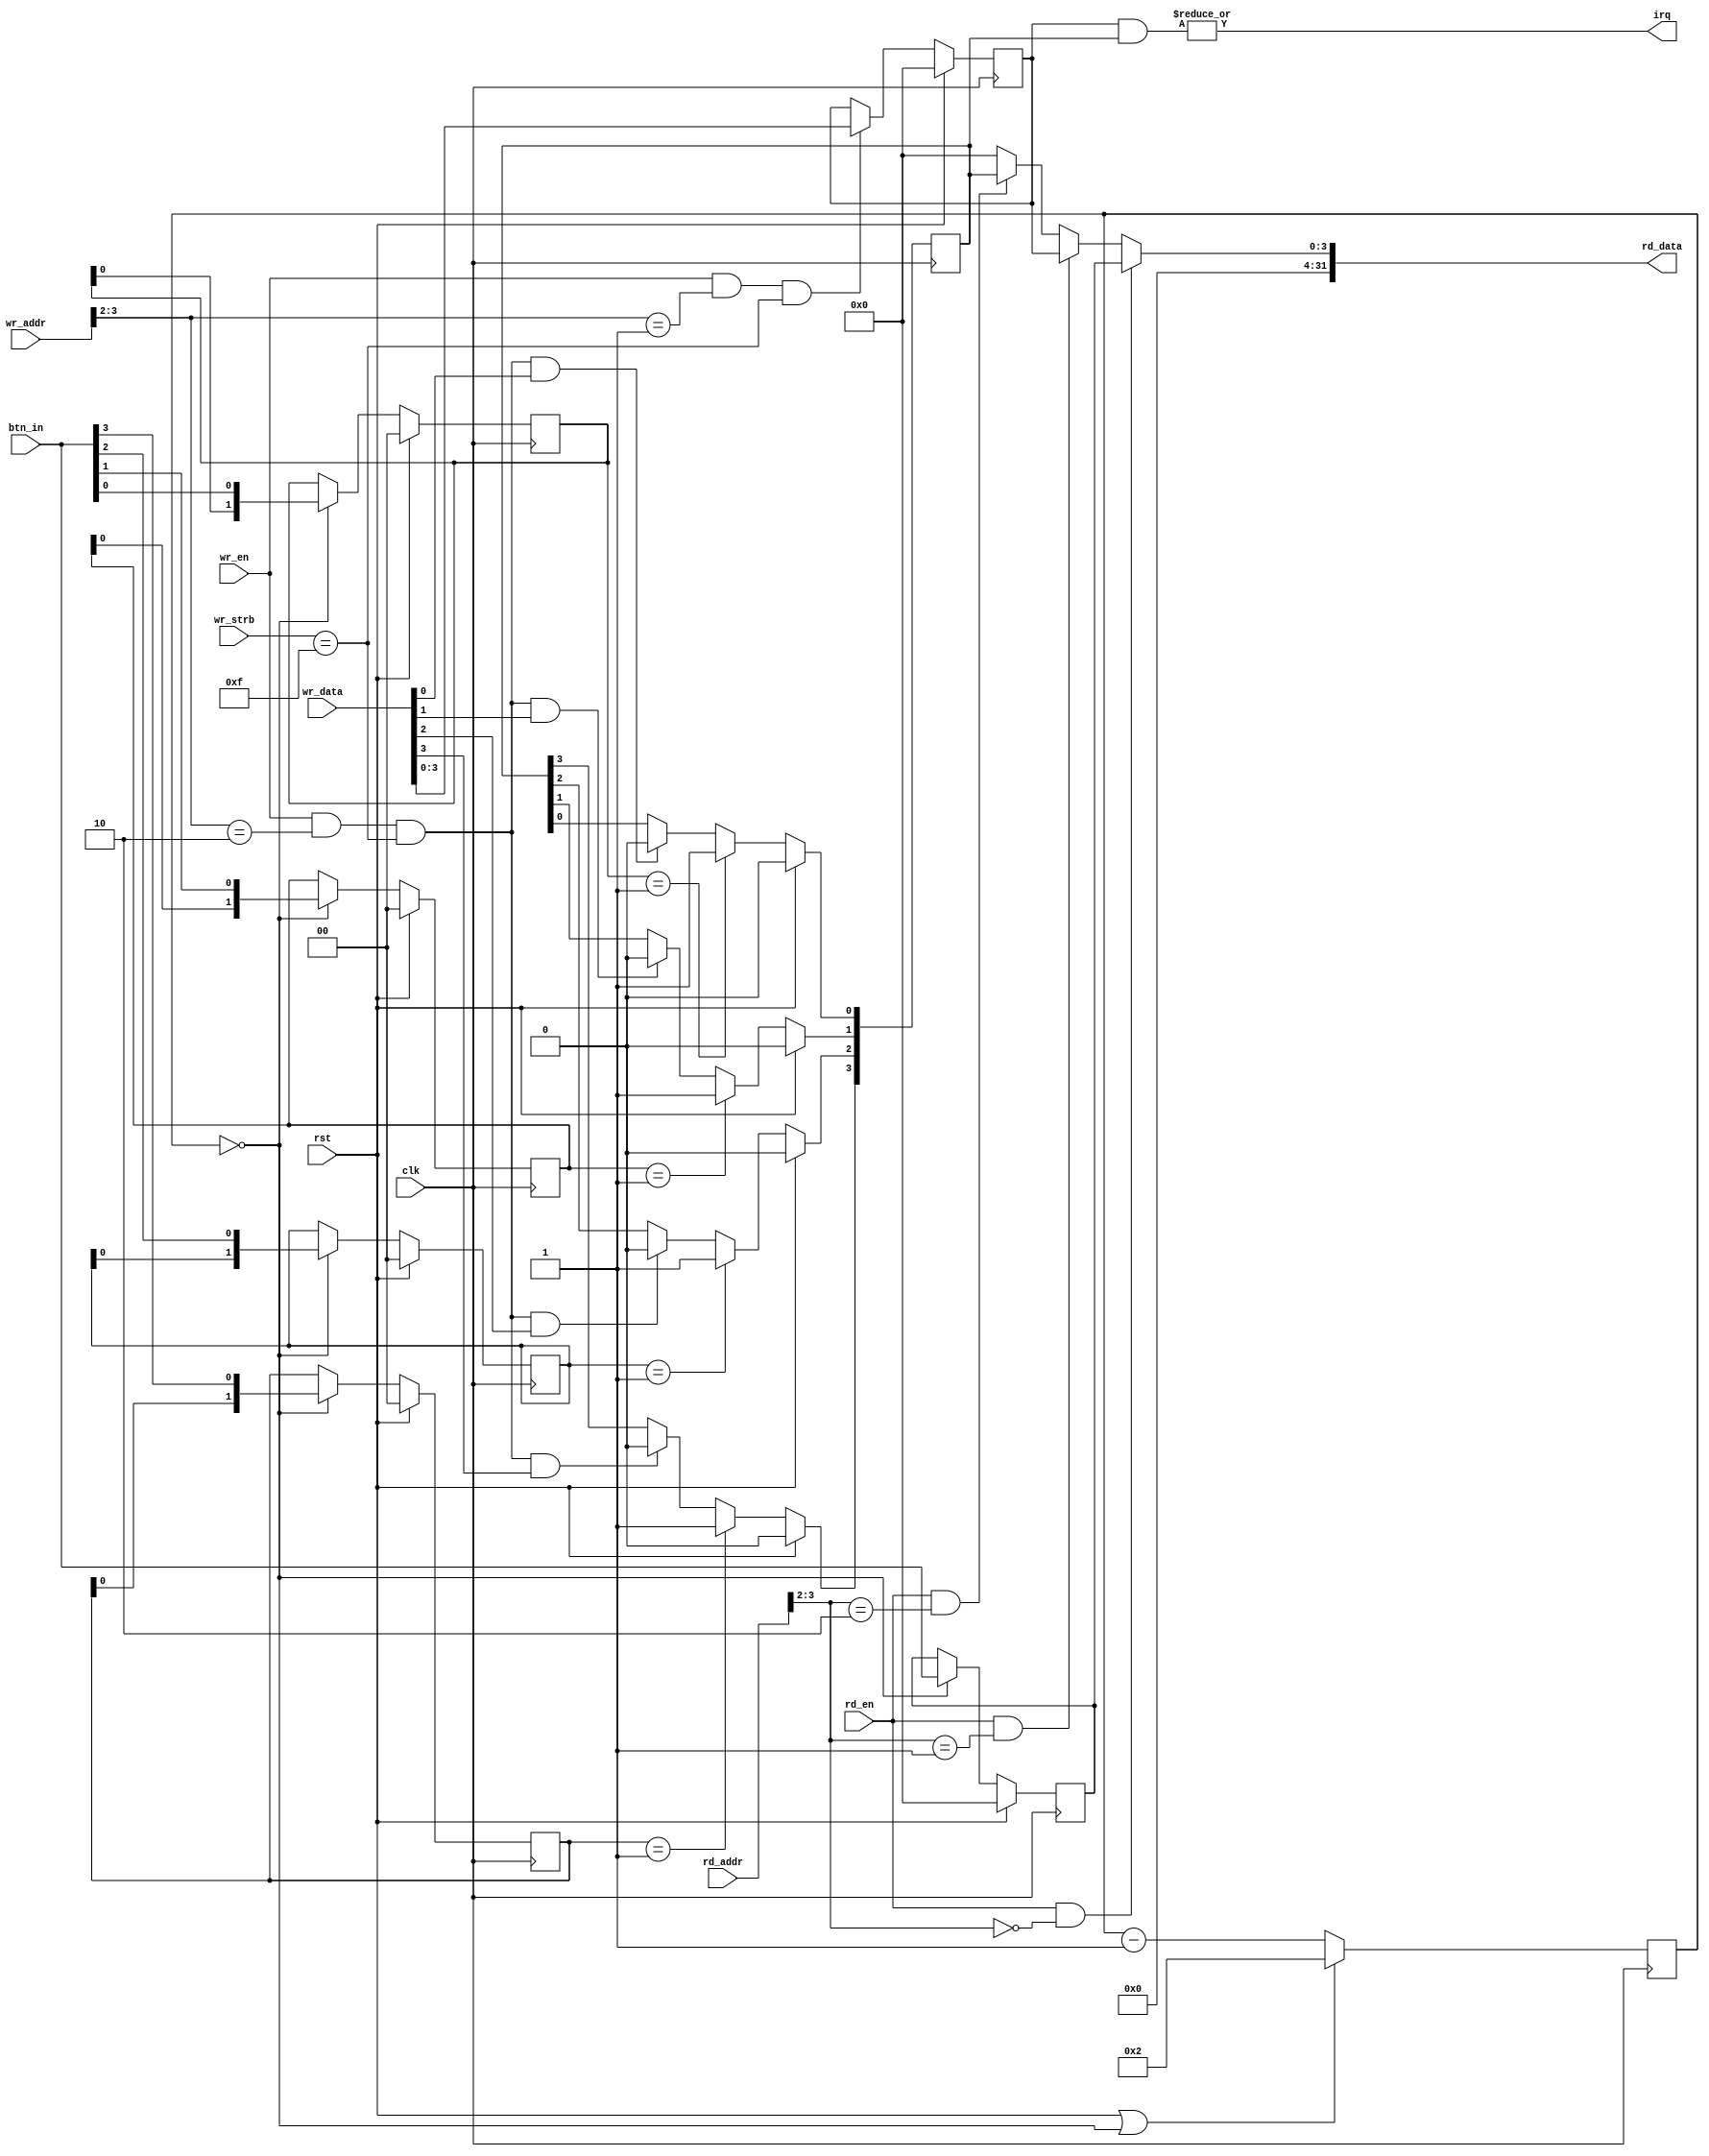
`timescale 1ns / 1ps

/***********************************************************
*     (btn3) (btn2) (btn1) (btn0) gombok mintavetelezese   *
***********************************************************/

/*
* A nyomogombok ertekenek beolvasasa 100 Hz-en tortenik
*
* regiszterek:
*   - a legutobb lenyomott gombot jelolo regiszter (pollinghoz) (BASE_ADDR + 0x0, 32-bit, RD)
*   - megszakitas engedelyezo regiszter (BASE_ADDR + 0x4, 32-bit, R/W)
*   - megszakitas flag regiszter (BASE_ADDR + 0x8, 32-bit, R/W1C)
*/

module btn_ctrl(
    input  wire        clk,
    input  wire        rst,

    input  wire [ 3:0] wr_addr,
    input  wire        wr_en,
    input  wire [31:0] wr_data,
    input  wire [ 3:0] wr_strb,

    input  wire [ 3:0] rd_addr,
    input  wire        rd_en,
    output wire [31:0] rd_data,

    input wire  [ 3:0] btn_in,

    output wire        irq
);

// 100Hz-es jel letrehozasa egy 20 bites szamlaloval
reg [19:0] clk_div;
wire       clk_div_tc = (clk_div == 0);

always @(posedge clk) begin
    if(rst | clk_div_tc)
        //clk_div <= 20'd999999;
        clk_div <= 20'd2;
    else
        clk_div <= clk_div - 1'b1;
end

// A nyomogombok mintavetelezese a btn_reg regiszterbe
reg [3:0] btn_reg;

always @(posedge clk) begin
    if(rst)
        btn_reg <= 0;
    else if(clk_div_tc)
        btn_reg <= btn_in;
end

// A R/W engedelyezo jelek letrehozasa az egyes regiszterekhez
wire btn_rd = rd_en & (rd_addr[3:2] == 2'b00);

wire ier_rd = rd_en & (rd_addr[3:2] == 2'b01);
wire ier_wr = wr_en & (wr_addr[3:2] == 2'b01) & (wr_strb == 4'b1111);

wire ifr_rd = rd_en & (rd_addr[3:2] == 2'b10);
wire ifr_wr = wr_en & (wr_addr[3:2] == 2'b10) & (wr_strb == 4'b1111);

/**************************************************************************
* Legutobb lenyomott gomb reg.: BASE_ADDR+0x0, 32-bit, RD                 *
*                                                                         *
*    31          5     4       3     2    1    0                          *
*  -----------------------------------------------                        *
* |  x    ....   x     x     |BTN3|BTN2|BTN1|BTN0|                        *
*  -----------------------------------------------                        *
**************************************************************************/
wire [31:0] last_btn;
assign last_btn = {28'b0,btn_reg};

/**************************************************************************
* Megszakts engedlyez reg.: BASE_ADDR+0x4, 32-bit, R/W                *
*                                                                         *
*    31          5     4       3     2    1    0                          *
*  -----------------------------------------------                        *
* |  x    ....   x     x     |IEB3|IEB2|IEB1|IEB0|                        *
*  -----------------------------------------------                        *
**************************************************************************/
reg [3:0] ier;
always @(posedge clk) begin
    if(rst)
        ier <= 0;
    else if(ier_wr)
        ier <= wr_data[3:0];
end

/**************************************************************************
* Megszakts flag reg.: BASE_ADDR+0x8, 32-bit, R/W1C                     *
*                                                                         *
*    31          5     4       3     2    1    0                          *
*  -----------------------------------------------                        *
* |  x    ....   x     x     |IFB3|IFB2|IFB1|IFB0|                        *
*  -----------------------------------------------                        *
**************************************************************************/
reg [1:0] btn0_rising_edge_reg;
reg [1:0] btn1_rising_edge_reg;
reg [1:0] btn2_rising_edge_reg;
reg [1:0] btn3_rising_edge_reg;

always @(posedge clk) begin
    if(rst) begin
        btn0_rising_edge_reg <= 2'b00;
        btn1_rising_edge_reg <= 2'b00;
        btn2_rising_edge_reg <= 2'b00;
        btn3_rising_edge_reg <= 2'b00;
    end
    else if(clk_div_tc) begin
        btn0_rising_edge_reg <= {btn0_rising_edge_reg[0],btn_in[0]};
        btn1_rising_edge_reg <= {btn1_rising_edge_reg[0],btn_in[1]};
        btn2_rising_edge_reg <= {btn2_rising_edge_reg[0],btn_in[2]};
        btn3_rising_edge_reg <= {btn3_rising_edge_reg[0],btn_in[3]};
    end
end

wire [3:0] ifr_set;
assign ifr_set[0] = (btn0_rising_edge_reg == 2'b01);
assign ifr_set[1] = (btn1_rising_edge_reg == 2'b01);
assign ifr_set[2] = (btn2_rising_edge_reg == 2'b01);
assign ifr_set[3] = (btn3_rising_edge_reg == 2'b01);


reg [3:0] ifr;
integer i;

always @(posedge clk) begin
    for(i = 0; i < 4; i = i + 1) begin
        if(rst)
            ifr[i] <= 1'b0;
        else
            if(ifr_set[i])
                ifr[i] <= 1'b1;
            else if(ifr_wr & wr_data[i])
                ifr[i] <= 1'b0;
    end
end

assign irq = |(ier & ifr);

assign rd_data = btn_rd ? last_btn      : 
                (ier_rd ? {29'b0,ier}   :
                (ifr_rd ? {29'b0,ifr}   : 32'b0));


endmodule